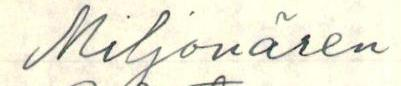
Miljonären